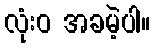
လုံးဝ အခမဲ့ပါ။